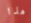
هذا